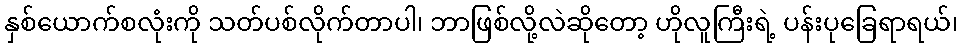
နှစ်ယောက်စလုံးကို သတ်ပစ်လိုက်တာပါ၊ ဘာဖြစ်လို့လဲဆိုတော့ ဟိုလူကြီးရဲ့ ပန်းပုခြေရာရယ်၊